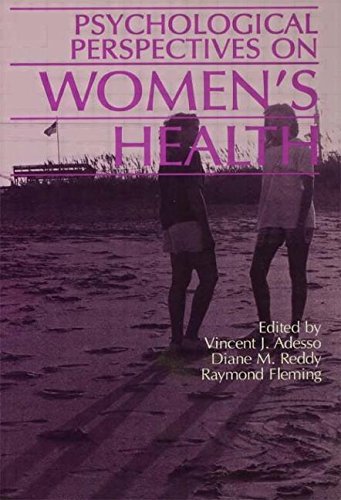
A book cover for Psychological Perspectives On Women's Health; Vincent J. Adesso; Health, Fitness & Dieting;